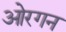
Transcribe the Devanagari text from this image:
ओरगन